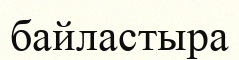
байластыра